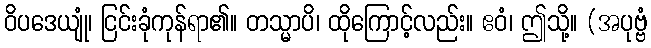
ဝိပဒေယျုံ၊ ငြင်းခုံကုန်ရာ၏။ တသ္မာပိ၊ ထိုကြောင့်လည်း။ ဧဝံ၊ ဤသို့။ (အပုဗ္ဗံ